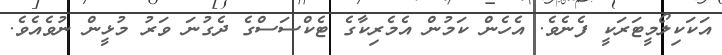
އަކަކިލޯމީޓަރަކީ ފެނެވެ. އެހެން ކަމުން އެމެރިކާގެ ޓެކްސަސްގެ ދެގުނަ ވަރު މުޅީން ނުވެއެވެ.